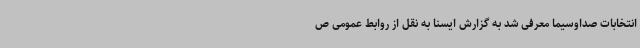
انتخابات صداوسیما معرفی شد به گزارش ایسنا به نقل از روابط عمومی ص